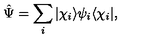
\hat { \Psi } = \sum _ { i } | \chi _ { i } \rangle \psi _ { i } \langle \chi _ { i } | ,